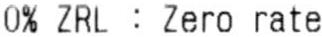
0% ZRL : ZERO RATE